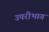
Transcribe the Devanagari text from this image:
उपरीभाग